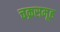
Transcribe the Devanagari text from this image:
चक्रसमूह